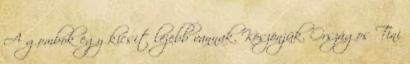
A gombok egy kicsit lejebb vannak. Köszönjük. Országos Tini